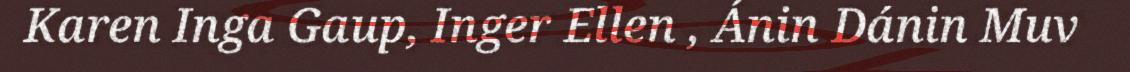
Karen Inga Gaup, Inger Ellen , Ánin Dánin Muv